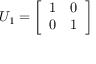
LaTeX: U _ { 1 } = { \left[ \begin{array} { l l } { 1 } & { 0 } \\ { 0 } & { 1 } \end{array} \right] }